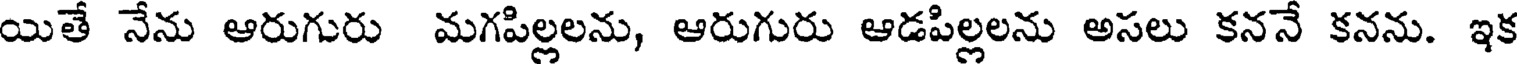
యితే నేను ఆరుగురు మగపిల్లలను, ఆరుగురు ఆడపిల్లలను అసలు కననే కనను. ఇక